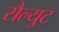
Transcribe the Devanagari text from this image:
सैल्युट